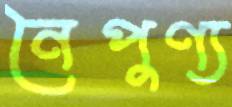
নৈপুণ্য